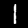
Label: 1